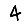
Digit: 4